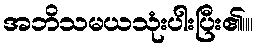
အဘိသမယသုံးပါးပြီး၏။။